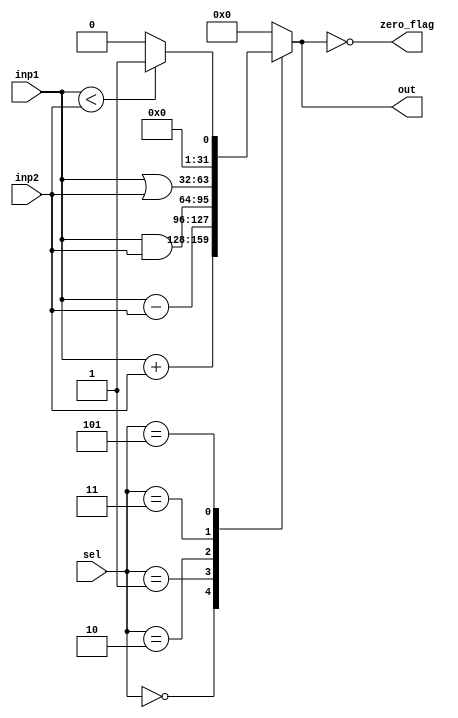
module ALU(
    input  [31:0] inp1, inp2,
    input  [2:0]  sel,
    output reg [31:0] out,
    output zero_flag
    );
    
    always @(*) begin
        case(sel)
            3'b000: out = inp1 + inp2 ;           // add (lw , sw)
            3'b001: out = inp1 - inp2 ;           // sub (beq)
            3'b010: out = inp1 & inp2 ;           // and
            3'b011: out = inp1 | inp2 ;           // or
            3'b101: out = (inp1 < inp2) ? 32'd1 : 32'd0 ; //slt      
            default: out = 32'b0 ;     
        endcase
    end 
    
assign zero_flag = out == 32'd0;
    
endmodule